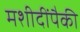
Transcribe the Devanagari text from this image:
मशीदींपैकी